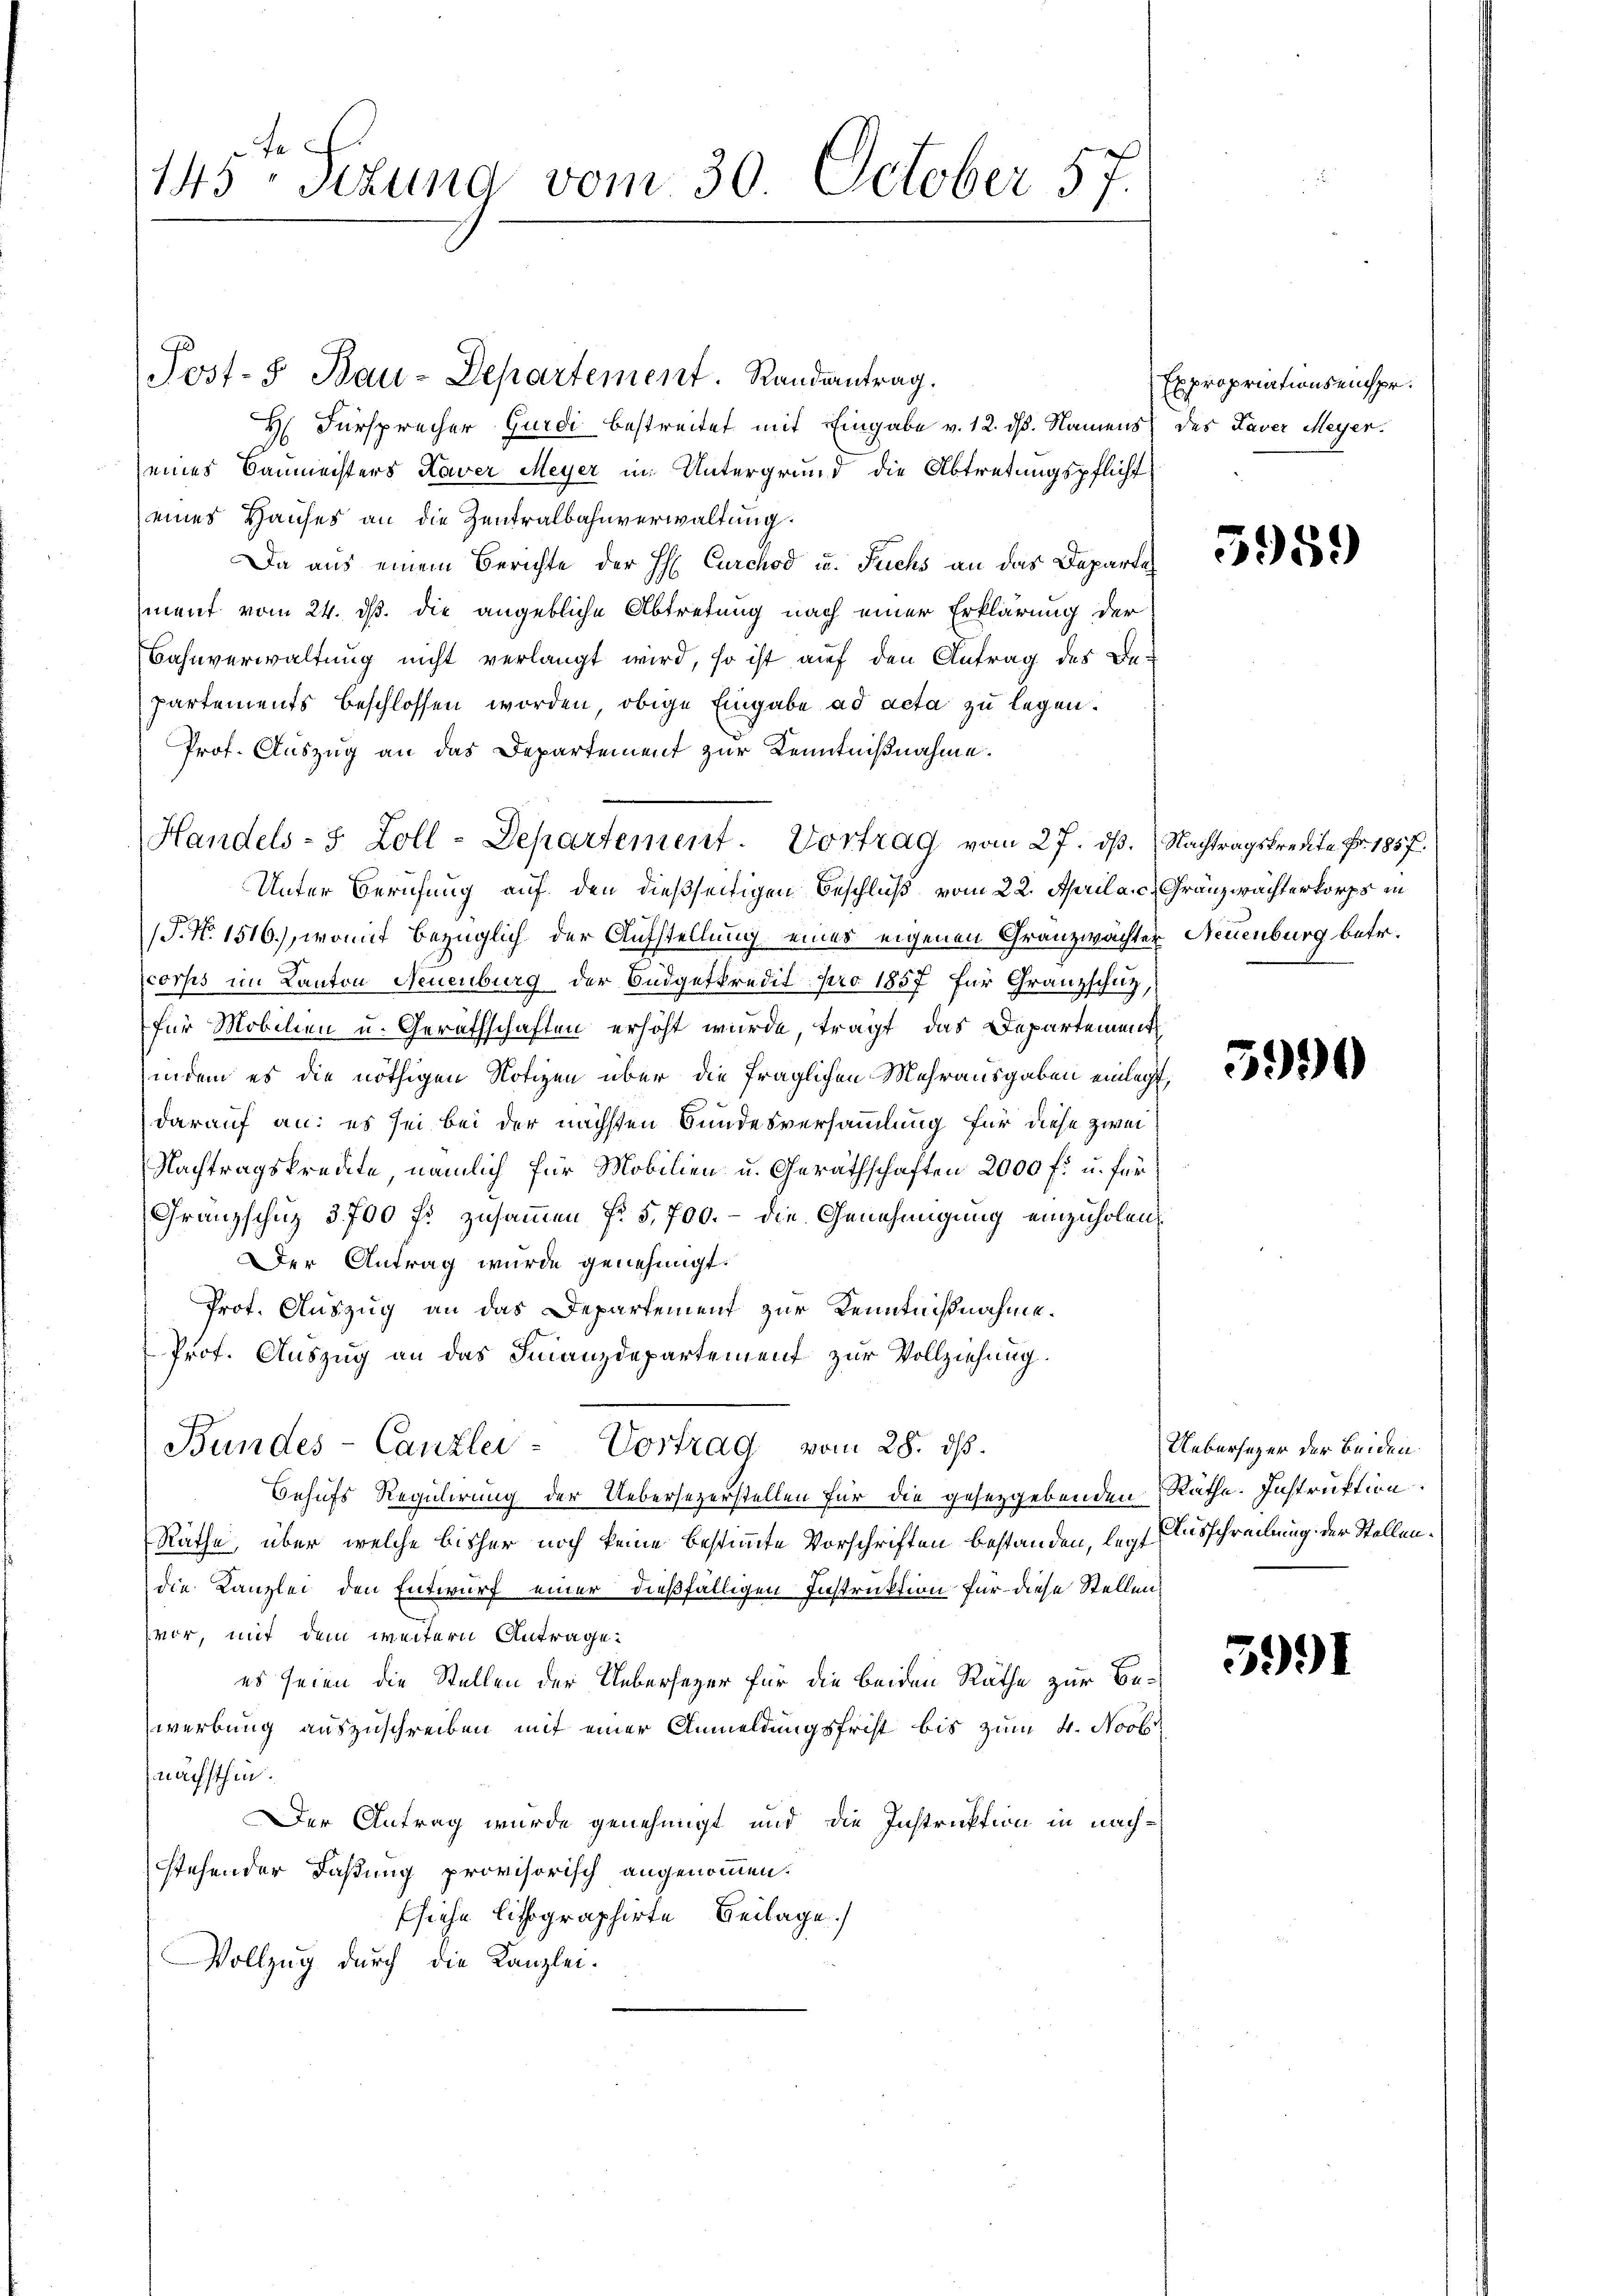
te
145. Sekund vom 30. October 57.

Post- & Bau-Departement. Randantrag.
H Fürsprecher Gurdi bestreitet mit Eingabe v. 12. ds. Namens
eines Baumeisters Kaver Meyer in Untergrund die Abtretungspflicht
eines Hauses an die Zentralbahnverwaltung.
Da aus einem Berichte der H Curchod u. Fuchs an das Departe
ment vom 24. ds. die angebliche Abtretung nach einer Erklärung der
Bahnverwaltung nicht verlangt wird, so ist auf den Antrag des Bepartements beschlossen worden, obige Eingabe ad acta zu legen.
Prof. Auszug an das Departement zur Kenntnißnahme.
Unter Berufung auf den dießseitigen Beschluß vom 22. April a. c. Gränzwachterkorps in
(S.N. 1516), womit bezüglich der Aufstellung eines eigenen Granzwachter Neuenburg betr.
corses im Kanton Neuenburg der Budgetkredit pro 1857 für Granzschutz,
für Mobilien u. Gerathschaften erhöht wurde, tragt, das Departement
indem es die nöthigen Notizen über die fraglichen Mehrausgaben einlegt,
darauf an: es sei bei der nächsten Bundesversammlung für diese zwei
Nachtragskredite, nämlich für Mobilien u. Geräthschaften 2000 f: u. für
Franzschuz 3700 fl zusammen f. 5, 700. - die Genehmigung einzuholen.
Der Antrag wurde genehmigt.
Prot. Auszug an das Departement zur Kenntnißnahme.
Prof. Auszug an das Finanzdepartement zur Vollziehung.
Bundes-Canzlei- Vortrag vom 28. ds.
Behufs Regulirung der Uebersezerstellen für die gesetzgebenden Räthe. Instruktion:
Räthe, über welche bisher noch keine bestimmte Vorschriften bestanden, legt Ausschreibung der Stellendie Kanzlei den Entwurf einer dießfälligen Instruktion für diese Stellenvor, mit dem weitern Antrage:
es seien die Stellen der Uebersezer für die beiden Räthe zur Bewerbung auszuschreiben mit einer Anmeldungsfrist bis zum 4. Novb
nächsthin.
Der Antrag wurde genehmigt und die Instruktion in nachstehender Faßung provisorisch angenommen.
fsiehe lithographirte Beilage.
Vollzug durch die Kanzlei.

Handels- 5 Zoll-Departement. Vortrag vom 27. dβ. Nachtragskredite Fr. 1857.

Expropriations einspr.
des Taver Meyer.

5959)

5990

Uebersezer der beiden.

5991